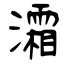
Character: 灀